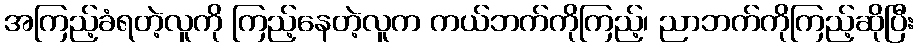
အကြည့်ခံရတဲ့လူကို ကြည့်နေတဲ့လူက ကယ်ဘက်ကိုကြည့်၊ ညာဘက်ကိုကြည့်ဆိုပြီး